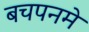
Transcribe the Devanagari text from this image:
बचपनमे